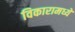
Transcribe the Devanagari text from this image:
विकारामध्ये